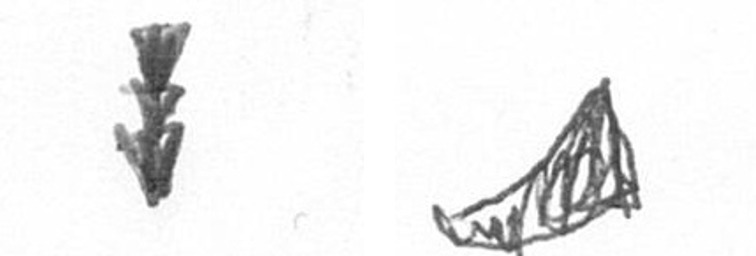
E O